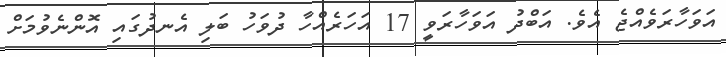
އަވަހާރަވެއްޖެ އެވެ. އަބްދު އަވަހާރަވީ 17 އަހަރެއްހާ ދުވަހު ބަލި އެނދުގައި އޮންނެވުމަށް